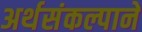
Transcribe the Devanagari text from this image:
अर्थसंकल्पाने